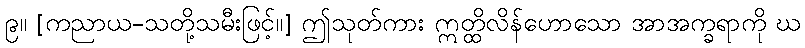
၉။ [ကညာယ-သတို့သမီးဖြင့်။] ဤသုတ်ကား ဣတ္ထိလိန်ဟောသော အာအက္ခရာကို ဃ